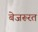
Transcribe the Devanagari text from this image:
बेजरूरत